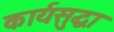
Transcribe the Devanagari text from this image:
कार्यसुद्धा